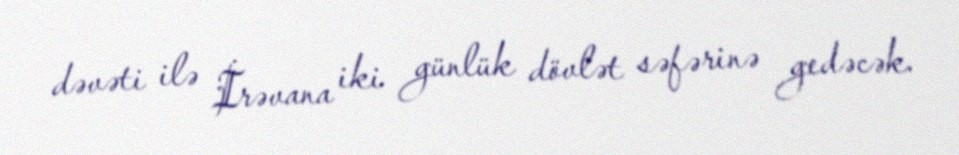
dəvəti ilə İrəvana iki günlük dövlət səfərinə gedəcək.